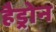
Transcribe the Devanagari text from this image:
हैड्रोन